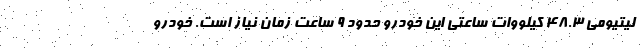
لیتیومی 48.3 کیلووات ساعتی این خودرو حدود 9 ساعت زمان نیاز است. خودرو